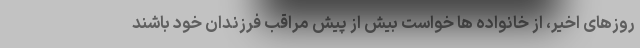
روزهای اخیر، از خانواده ها خواست بیش از پیش مراقب فرزندان خود باشند